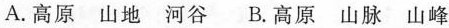
A.高原 山地 河谷 B.高原 山脉 山峰